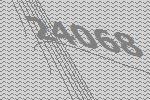
24068